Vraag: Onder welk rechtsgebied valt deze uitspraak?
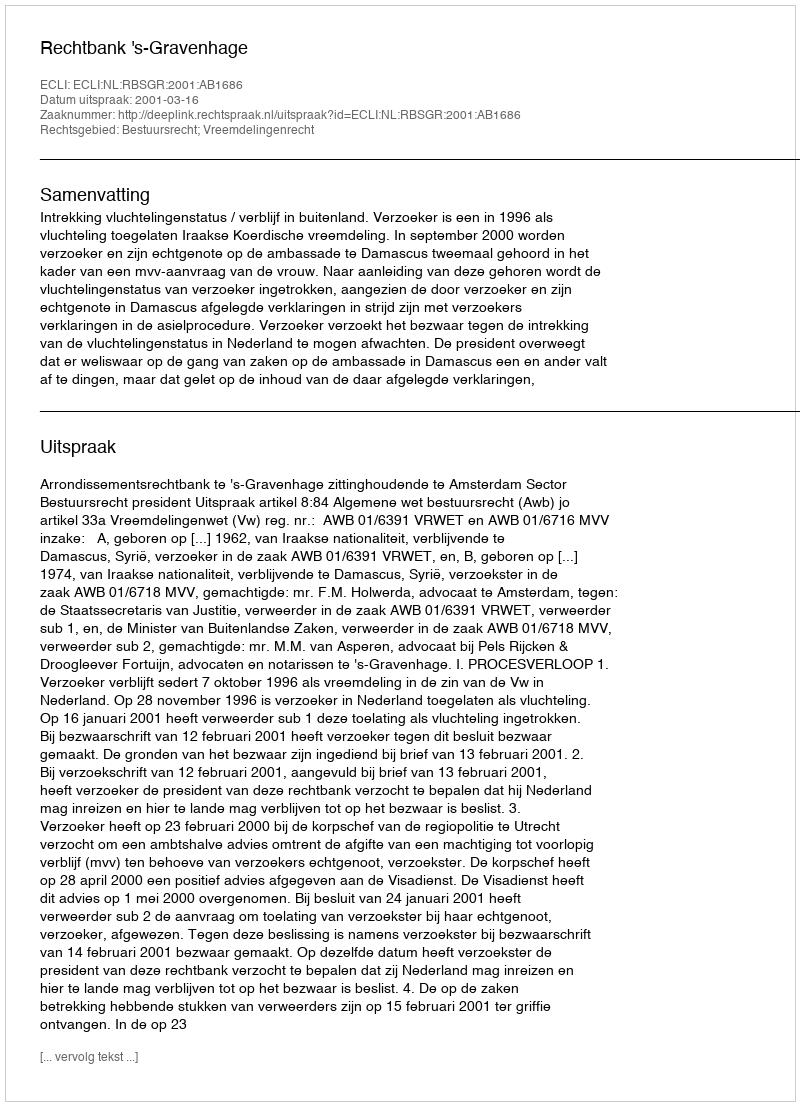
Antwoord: Bestuursrecht; Vreemdelingenrecht